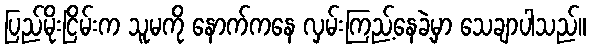
ပြည်မိုးငြိမ်းက သူမကို နောက်ကနေ လှမ်းကြည့်နေခဲ့မှာ သေချာပါသည်။